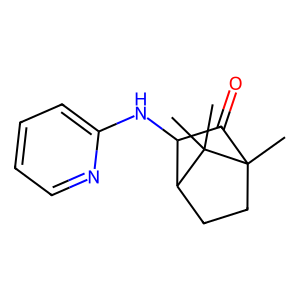
SMILES: CC12CCC(C(Nc3ccccn3)C1=O)C2(C)C
Inhibits HIV replication: No